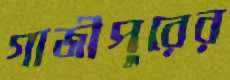
গাজীপুরের